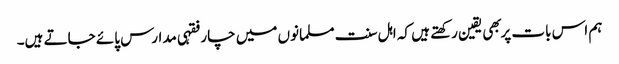
ہم اس بات پر بهی یقین رکهتے ہیں کہ اہل سنت مسلمانوں میں چار فقہی مدارس پائے جاتے ہیں۔